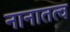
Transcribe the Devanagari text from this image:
नानातत्व